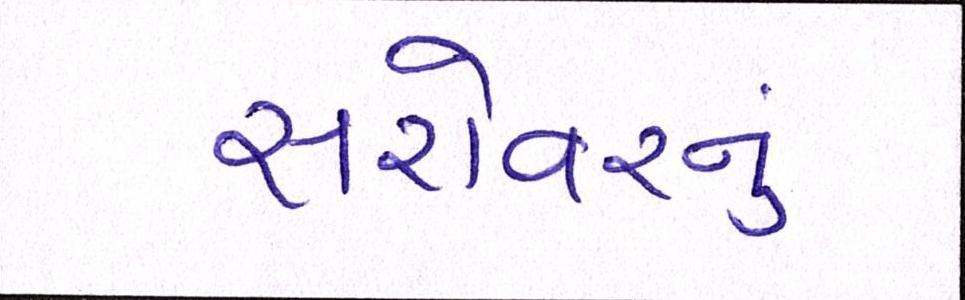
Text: સરોવરનું